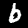
Label: 6